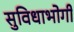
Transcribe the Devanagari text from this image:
सुविधाभोगी